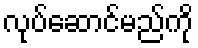
လုပ်ဆောင်မည်ကို